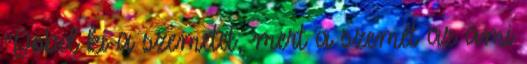
"Dobd ki a szemetet, mert a szemét az ami